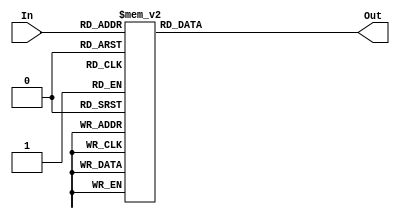
module display_com(In,Out);
	input [3:0] In;
	output [13:0] Out;
	reg [13:0] Out;
	always @(*)
		case(In)
			4'b0000: Out=14'b11111111000000; //0
			4'b0001: Out=14'b11111111111001; //1
			4'b0010: Out=14'b11111110100100; //2
			4'b0011: Out=14'b11111110110000; //3
			4'b0100: Out=14'b11111110011001; //4
			4'b0101: Out=14'b11111110010010; //5
			4'b0110: Out=14'b11111110000010; //6
			4'b0111: Out=14'b11111111111000; //7  		   
			4'b1000: Out=14'b01111111111000; //8
			4'b1001: Out=14'b01111110011000;  //9
			4'b1010: Out=14'b01111110000010;  //10
			4'b1011: Out=14'b01111110010010;  //11
			4'b1100: Out=14'b01111110011001;  //12
			4'b1101: Out=14'b01111110110000;  //13
			4'b1110: Out=14'b01111110100100;  //14
			4'b1111: Out=14'b01111111111001;  //15

		endcase
endmodule